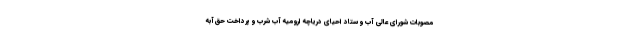
مصوبات شورای عالی آب و ستاد احیای دریاچه ارومیه آب شرب و پرداخت حق‌آبه